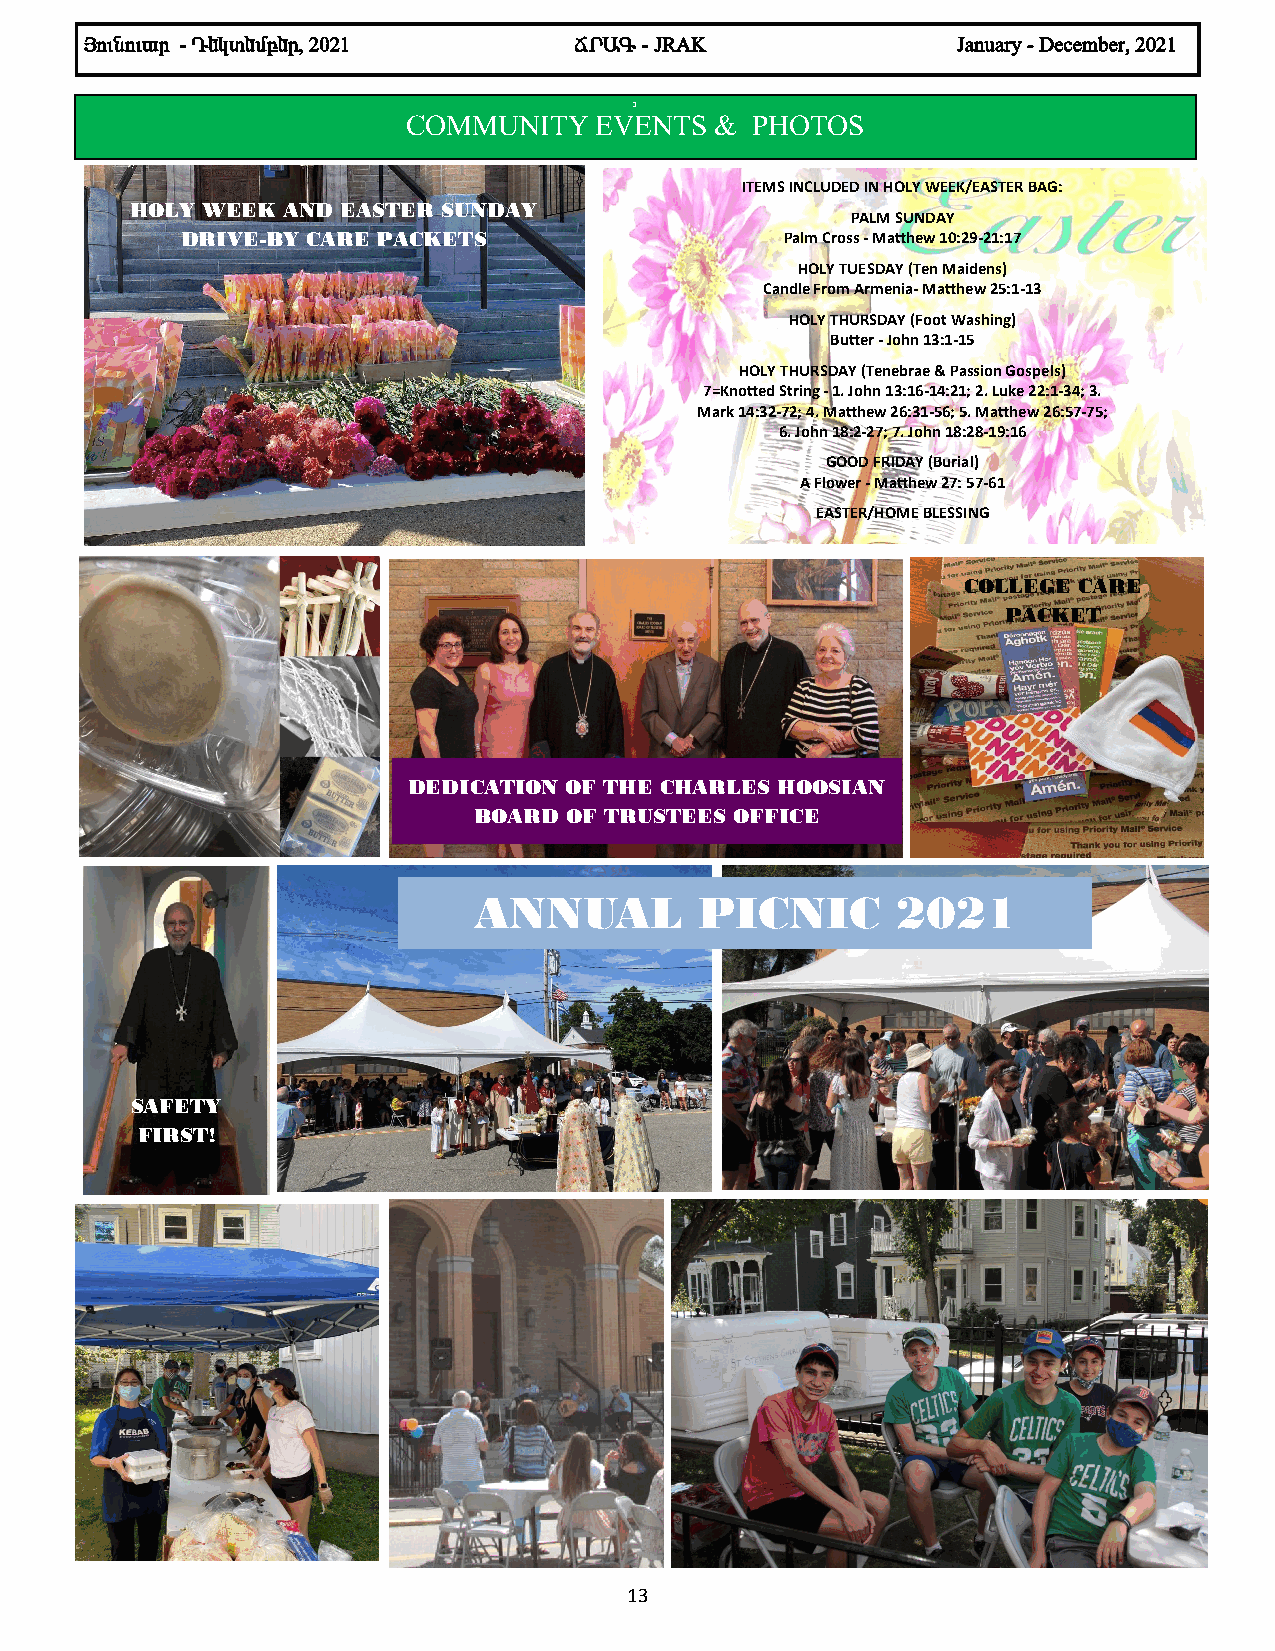
ÚáõÝáõ³ñ - ¸»Ïï»Ùµ»ñ, 2021      Öð²¶ - JRAK              January - December, 2021
 3
 COMMUNITY   EVENTS  &  PHOTOS
 ITEMS INCLUDED IN HOLY WEEK/EASTER BAG:
 HOLY WEEK AND EASTER SUNDAY
 PALM SUNDAY
 DRIVE-BY CARE PACKETS                   Palm Cross - Matthew 10:29-21:17
 HOLY TUESDAY (Ten Maidens)
 Candle From Armenia- Matthew 25:1-13
 HOLY THURSDAY (Foot Washing)
 Butter - John 13:1-15
 HOLY THURSDAY (Tenebrae & Passion Gospels)
 7=Knotted String - 1. John 13:16-14:21; 2. Luke 22:1-34; 3.
 Mark 14:32-72; 4. Matthew 26:31-56; 5. Matthew 26:57-75;
 6. John 18:2-27; 7. John 18:28-19:16
 GOOD FRIDAY (Burial)
 A Flower - Matthew 27: 57-61
 EASTER/HOME BLESSING
 COLLEGE CARE
 PACKET
 DEDICATION OF THE CHARLES HOOSIAN
 BOARD  OF TRUSTEES OFFICE
 ANNUAL         PICNIC       2021
 SAFETY
 FIRST!
 13